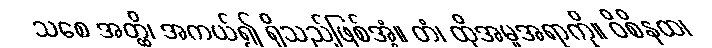
သစေ အတ္ထိ၊ အကယ်၍ ရှိသည်ဖြစ်အံ့။ တံ၊ ထိုအမူအရာကို။ ဝိစိနထ၊